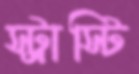
স্ট্রাস্টি